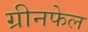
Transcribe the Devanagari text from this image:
ग्रीनफेल